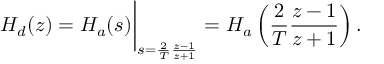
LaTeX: H _ { d } ( z ) = H _ { a } ( s ) { \bigg | } _ { s = { \frac { 2 } { T } } { \frac { z - 1 } { z + 1 } } } = H _ { a } \left( { \frac { 2 } { T } } { \frac { z - 1 } { z + 1 } } \right) .